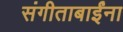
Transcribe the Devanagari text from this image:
संगीताबाईंना